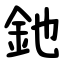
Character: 釶